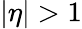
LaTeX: |\eta|>1